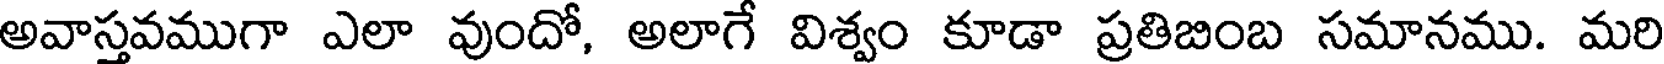
అవాస్తవముగా ఎలా వుందో, అలాగే విశ్వం కూడా ప్రతిబింబ సమానము. మరి